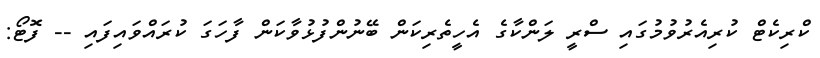
ކްރިކެޓް ކުރިއެރުވުމުގައި ސްރީ ލަންކާގެ އެހީތެރިކަން ބޭނުންފުޅުވާކަން ފާހަގަ ކުރައްވައިފައި -- ފޮޓޯ: